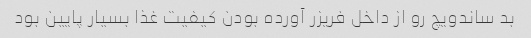
بد ساندویچ رو از داخل فریزر آورده بودن کیفیت غذا بسیار پایین بود